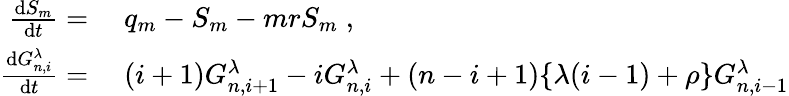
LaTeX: \begin{array}{rl}{\frac{\mathrm{d}S_{m}}{\mathrm{d}t}=}&{{}\; q_{m}-S_{m}-mrS_{m}\; ,}\\ {\frac{\mathrm{d}G_{n,i}^{\lambda}}{\mathrm{d}t}=}&{{}\; (i+1)G_{n,i+1}^{\lambda}-iG_{n,i}^{\lambda}+(n-i+1)\lbrace\lambda(i-1)+\rho\rbrace G_{n,i-1}^{\lambda}}\end{array}